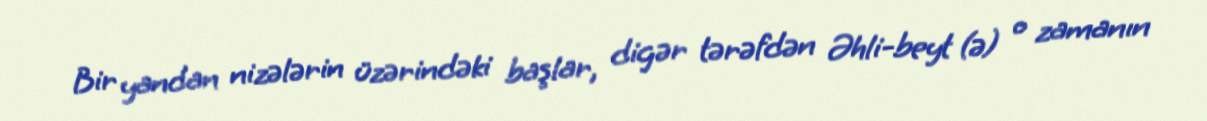
Bir yandan nizələrin üzərindəki başlar, digər tərəfdən Əhli-beyt (ə) o zamanın